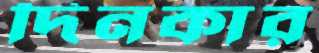
দিনকার